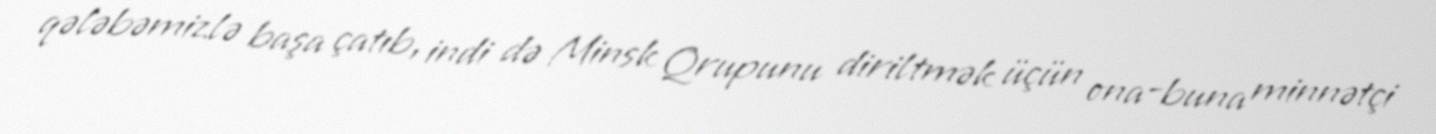
qələbəmizlə başa çatıb, indi də Minsk Qrupunu diriltmək üçün ona-buna minnətçi